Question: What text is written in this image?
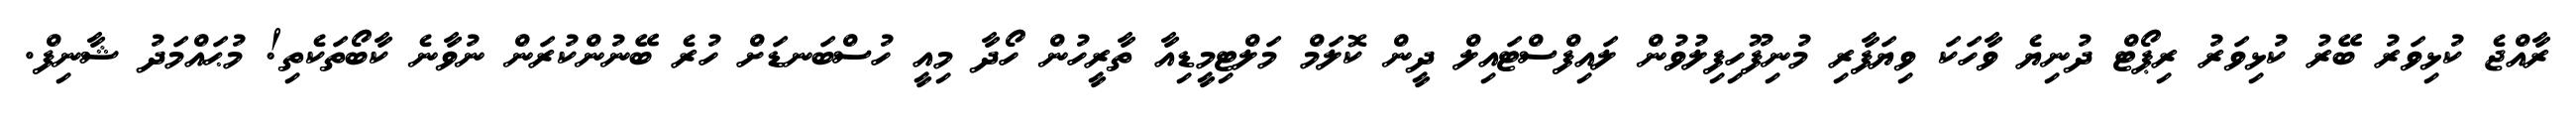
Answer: ރާއްޖެ ކުޅިވަރު ބޭރު ކުޅިވަރު ރިޕޯޓް ދުނިޔެ ވާހަކަ ވިޔަފާރި މުނިފޫހިފިލުވުން ލައިފްސްޓައިލް ދީން ކޮލަމް މަލްޓިމީޑިއާ ތާރީހުން ހޯދާ މިއީ ހުސްބަނޑަށް ހުރެ ބޭނުންކުރަން ނުވާނެ ކާބޯތަކެތި! މުޙައްމަދު ޝާނިފް.